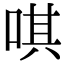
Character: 唭